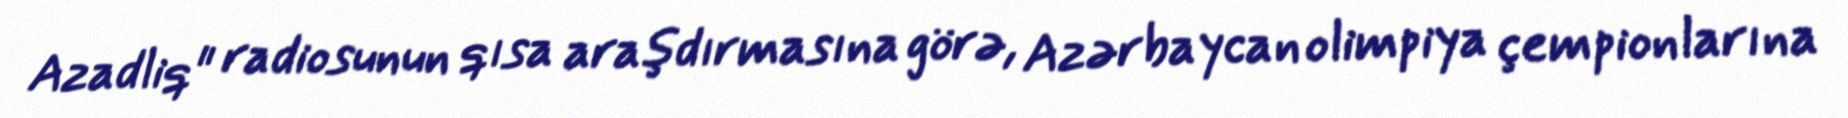
Azadliq" radiosunun qısa araşdırmasına görə, Azərbaycan olimpiya çempionlarına